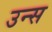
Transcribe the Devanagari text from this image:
उन्स